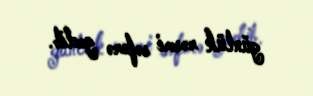
günlük rəsmi səfərə gedib.